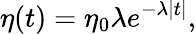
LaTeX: \eta(t)=\eta_{0}\lambda e^{-\lambda|t|},